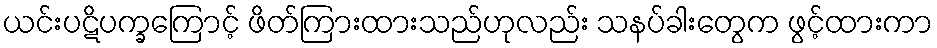
ယင်းပဋိပက္ခကြောင့် ဖိတ်ကြားထားသည်ဟုလည်း သနပ်ခါးတွေက ဖွင့်ထားကာ